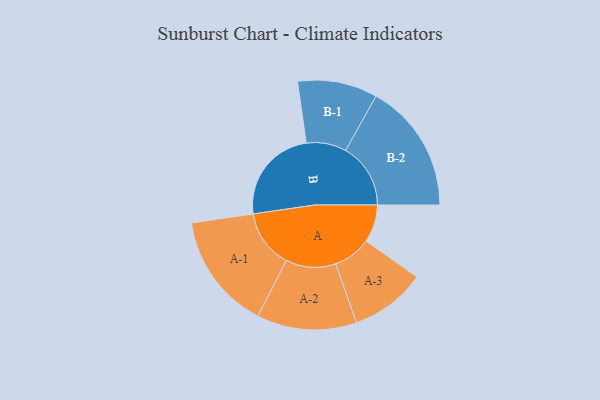
{"axis": {"x": "Segment", "y": "Value"}, "legend": ["", "A", "B"], "data": [{"x": "A", "y": 147, "type": ""}, {"x": "B", "y": 377, "type": ""}, {"x": "A-1", "y": 228, "type": "A"}, {"x": "A-2", "y": 195, "type": "A"}, {"x": "A-3", "y": 148, "type": "A"}, {"x": "B-1", "y": 156, "type": "B"}, {"x": "B-2", "y": 254, "type": "B"}]}